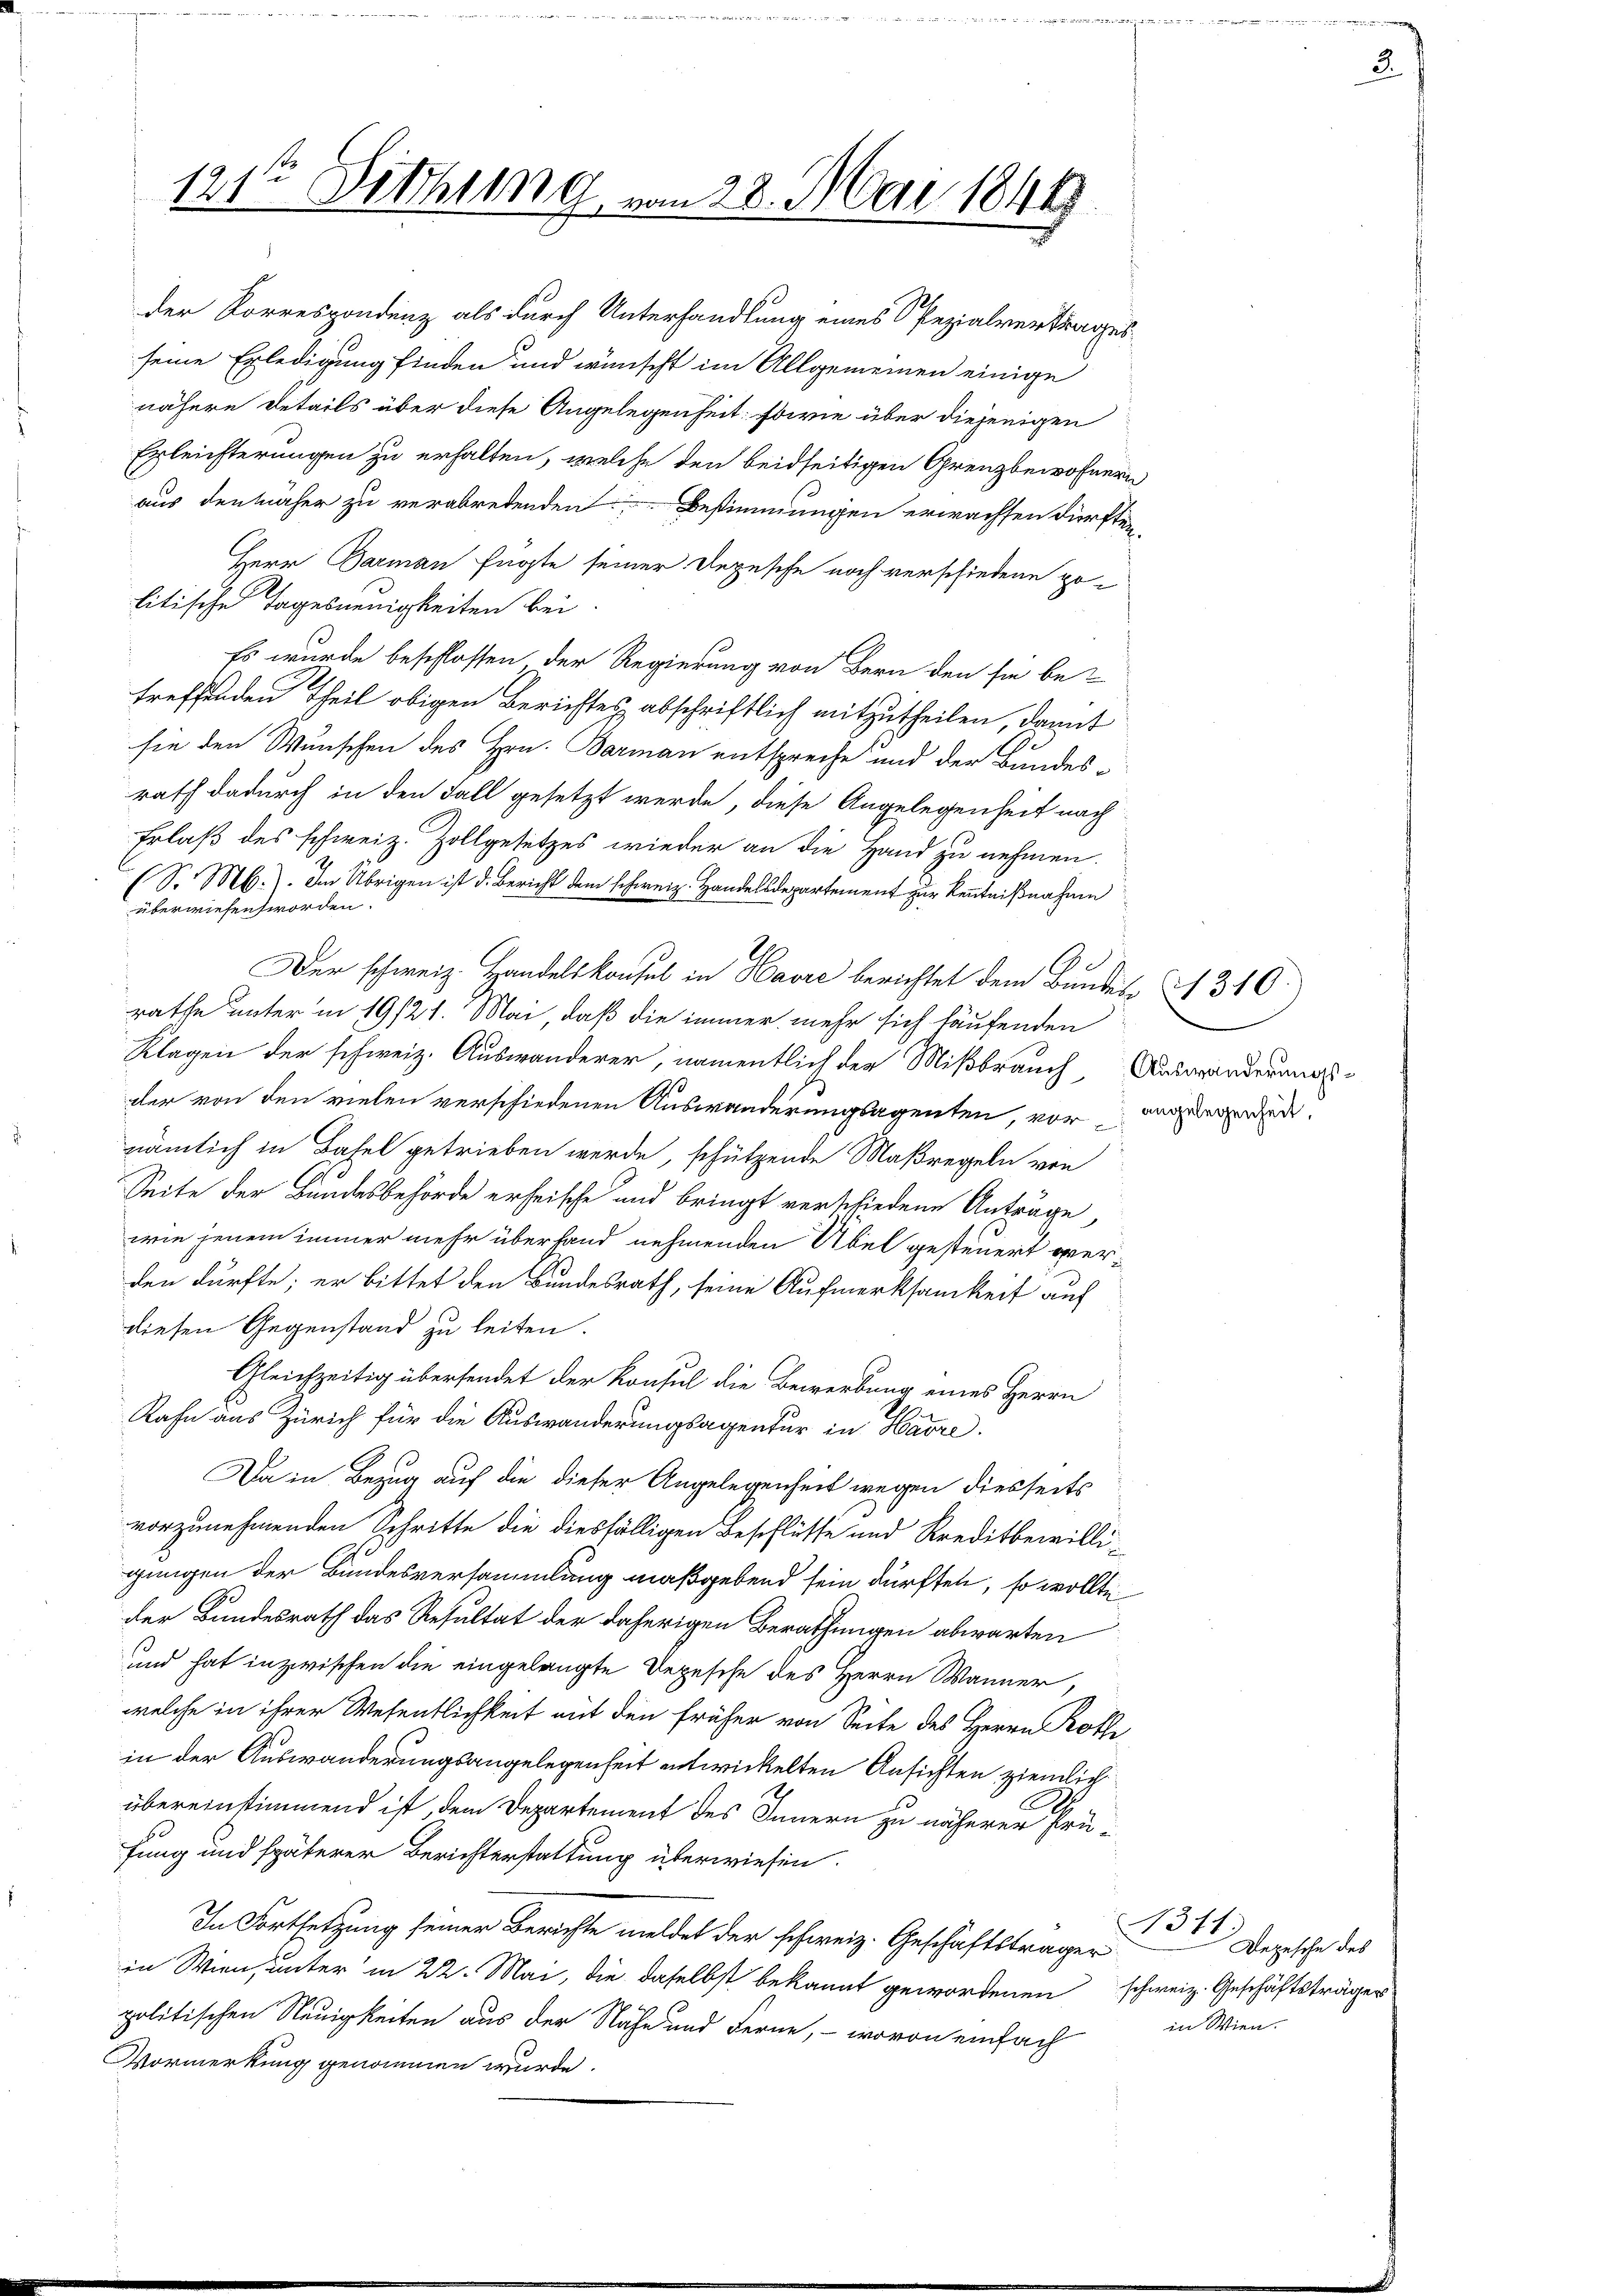
litische Tagesneuigkeiten bei
Es wurde beschlossen der Regierung von Bern den sie be-
treffenden Theil obigen Berichtes abschriftlich mitzutheilen, damit
sie den Wunschen des Hrn. Barmann entspreche und der Bundesrath dadurch in den Fall gesetzt werde, diese Angelegenheit nach
Erlaß des schweiz. Zollgesetzes wieder an die Hand zu nehmen.
(S. M.). Im Übrigen ist d. Bericht dem schweiz. Handelsdepartement zur Kenntnißnahme
überwiesen worden.
Der schweiz. Handelskonsul in Havre berichtet dem Bundes 1310
rathe unter in 19/21. Mai, daß die immer mehr sich häufenden
Klagen der schweiz. Auswanderer, namentlich der Mißbrauch, Auswänderungsdler von den vielen verschiedenen Auswanderungsagenten, vor angereden.
nämlich in Basel getrieben werde, schützende Maßregeln von
Seite der Bundesbehörde erheische und bringt verschiedene Anträge,
wie jenem immer mehr überhand nehmenden Übel gesteuert verden dürfte; er bittet den Bundesrath, seine Aufmerksamkeit auf
diesen Gegenstand zu leiten.
Gleichzeitig übersendet der Konsul die Bewerbung eines Herrn
Rahn aus Zürich für die Auswanderungsagentur in Havre.
Da in Bezug auf die dieser Angelegenheit wegen diesseits
vorzunehmenden Schritte die diesfälligen Beschlüsse und Kreditbewilligungen der Bundesversammlung maßgebend sein dürften, so wollte
der Bundesrath das Resultat der daherigen Berathungen abwarten
und hat inzwischen die eingelangte Depesche des Herrn Wanner
welche in ihrer Wesentlichkeit mit den früher von Seite des Herrn Roth
in der Auswanderungsangelegenheit entwickelten Ansichten ziemlich
übereinstimmend ist, dem Departement des Innern zu näherer Prü¬
60
fung und späterer Berichterstattung überwiesen.
In Fortsetzung seiner Berichte meldet der schweiz. Geschäftsträger
in Wien, unter in 22. Mai, die daselbst bekannt gewordenen schweiz. Geschäftsträger
politischen Neuigkeiten aus der Nähe und Ferne, – wovon einfach
Vormerkung genommen wurde.

121te Sitzung

vom 28. Mai 18448

der Korrespondenz als durch Unterhandlung eines Spezialvertrages
seine Erledigung finden und wünscht im Allgemeinen einige
nähere Details über diese Angelegenheit: sowie über diejenigen
Erleichterungen zu erhalten, welche den beidseitigen Grenzbewohnern
aus den näher zu verabredenden Bestimmungen erwachsen dürften.
Herr Barman fügte seiner Depesche noch verschiedene po¬

3

1315
Depesche des
in Wien.